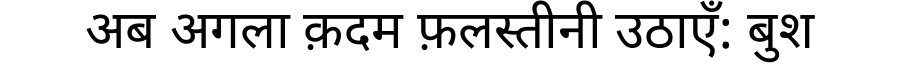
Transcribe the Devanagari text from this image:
अब अगला क़दम फ़लस्तीनी उठाएँ: बुश